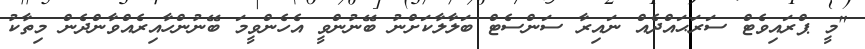
"މީ ޕްރައިވެޓް ސަރަޙައްދެއް ނައިރާ ސަންސެޓް ބަލާލާކަށްނު ބޭނުންވީ އެހެންވީމަ ބޭނުންހާއިރެއްވާންދެން މިތާކު